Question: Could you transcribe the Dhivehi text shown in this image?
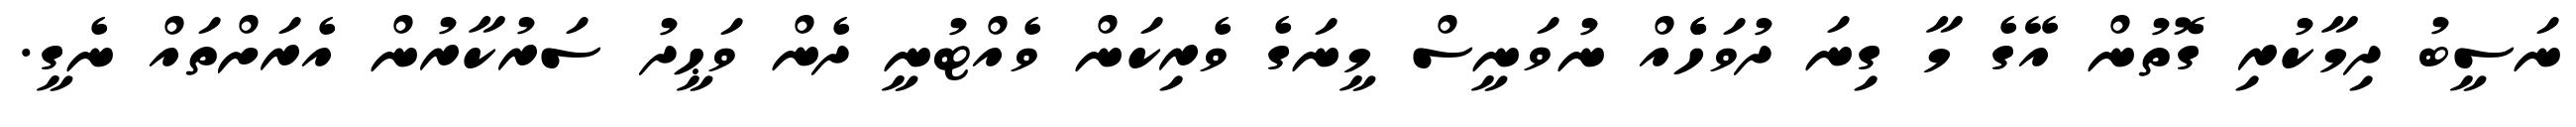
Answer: ނަސީބު ދިމާކުރި ގޮތުން އޭގެ މާ ގިނަ ދުވަހެެއް ނުވަނީސް މީނަގެ ވެރިކަން ވެއްޓުނީ ދެން ވަޙީދު ސަރުކާރުން އެރަށްތައް ނެގީ.